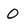
Character: O